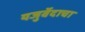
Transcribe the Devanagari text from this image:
यजुर्वेदाचा